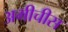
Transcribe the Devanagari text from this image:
अमीचीस